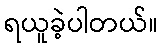
ရယူခဲ့ပါတယ်။